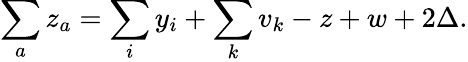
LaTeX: \sum_{a}z_{a}=\sum_{i}y_{i}+\sum_{k}v_{k}-z+w+2\Delta.